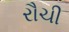
રૌચી